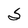
Character: S